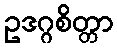
ဥဒဂ္ဂစိတ္တာ